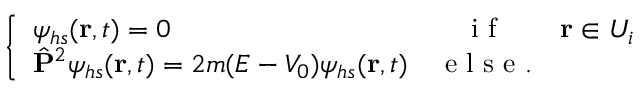
\left\{ \begin{array} { l c c } { \psi _ { h s } ( \mathbf { r } , t ) = 0 } & { \mathrm { ~ i ~ f ~ } } & { \mathbf { r } \in U _ { i } } \\ { \hat { \mathbf { P } } ^ { 2 } \psi _ { h s } ( \mathbf { r } , t ) = 2 m ( E - V _ { 0 } ) \psi _ { h s } ( \mathbf { r } , t ) } & { \mathrm { ~ e ~ l ~ s ~ e ~ } . } \end{array} \right.